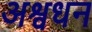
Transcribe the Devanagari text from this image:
अश्वधन